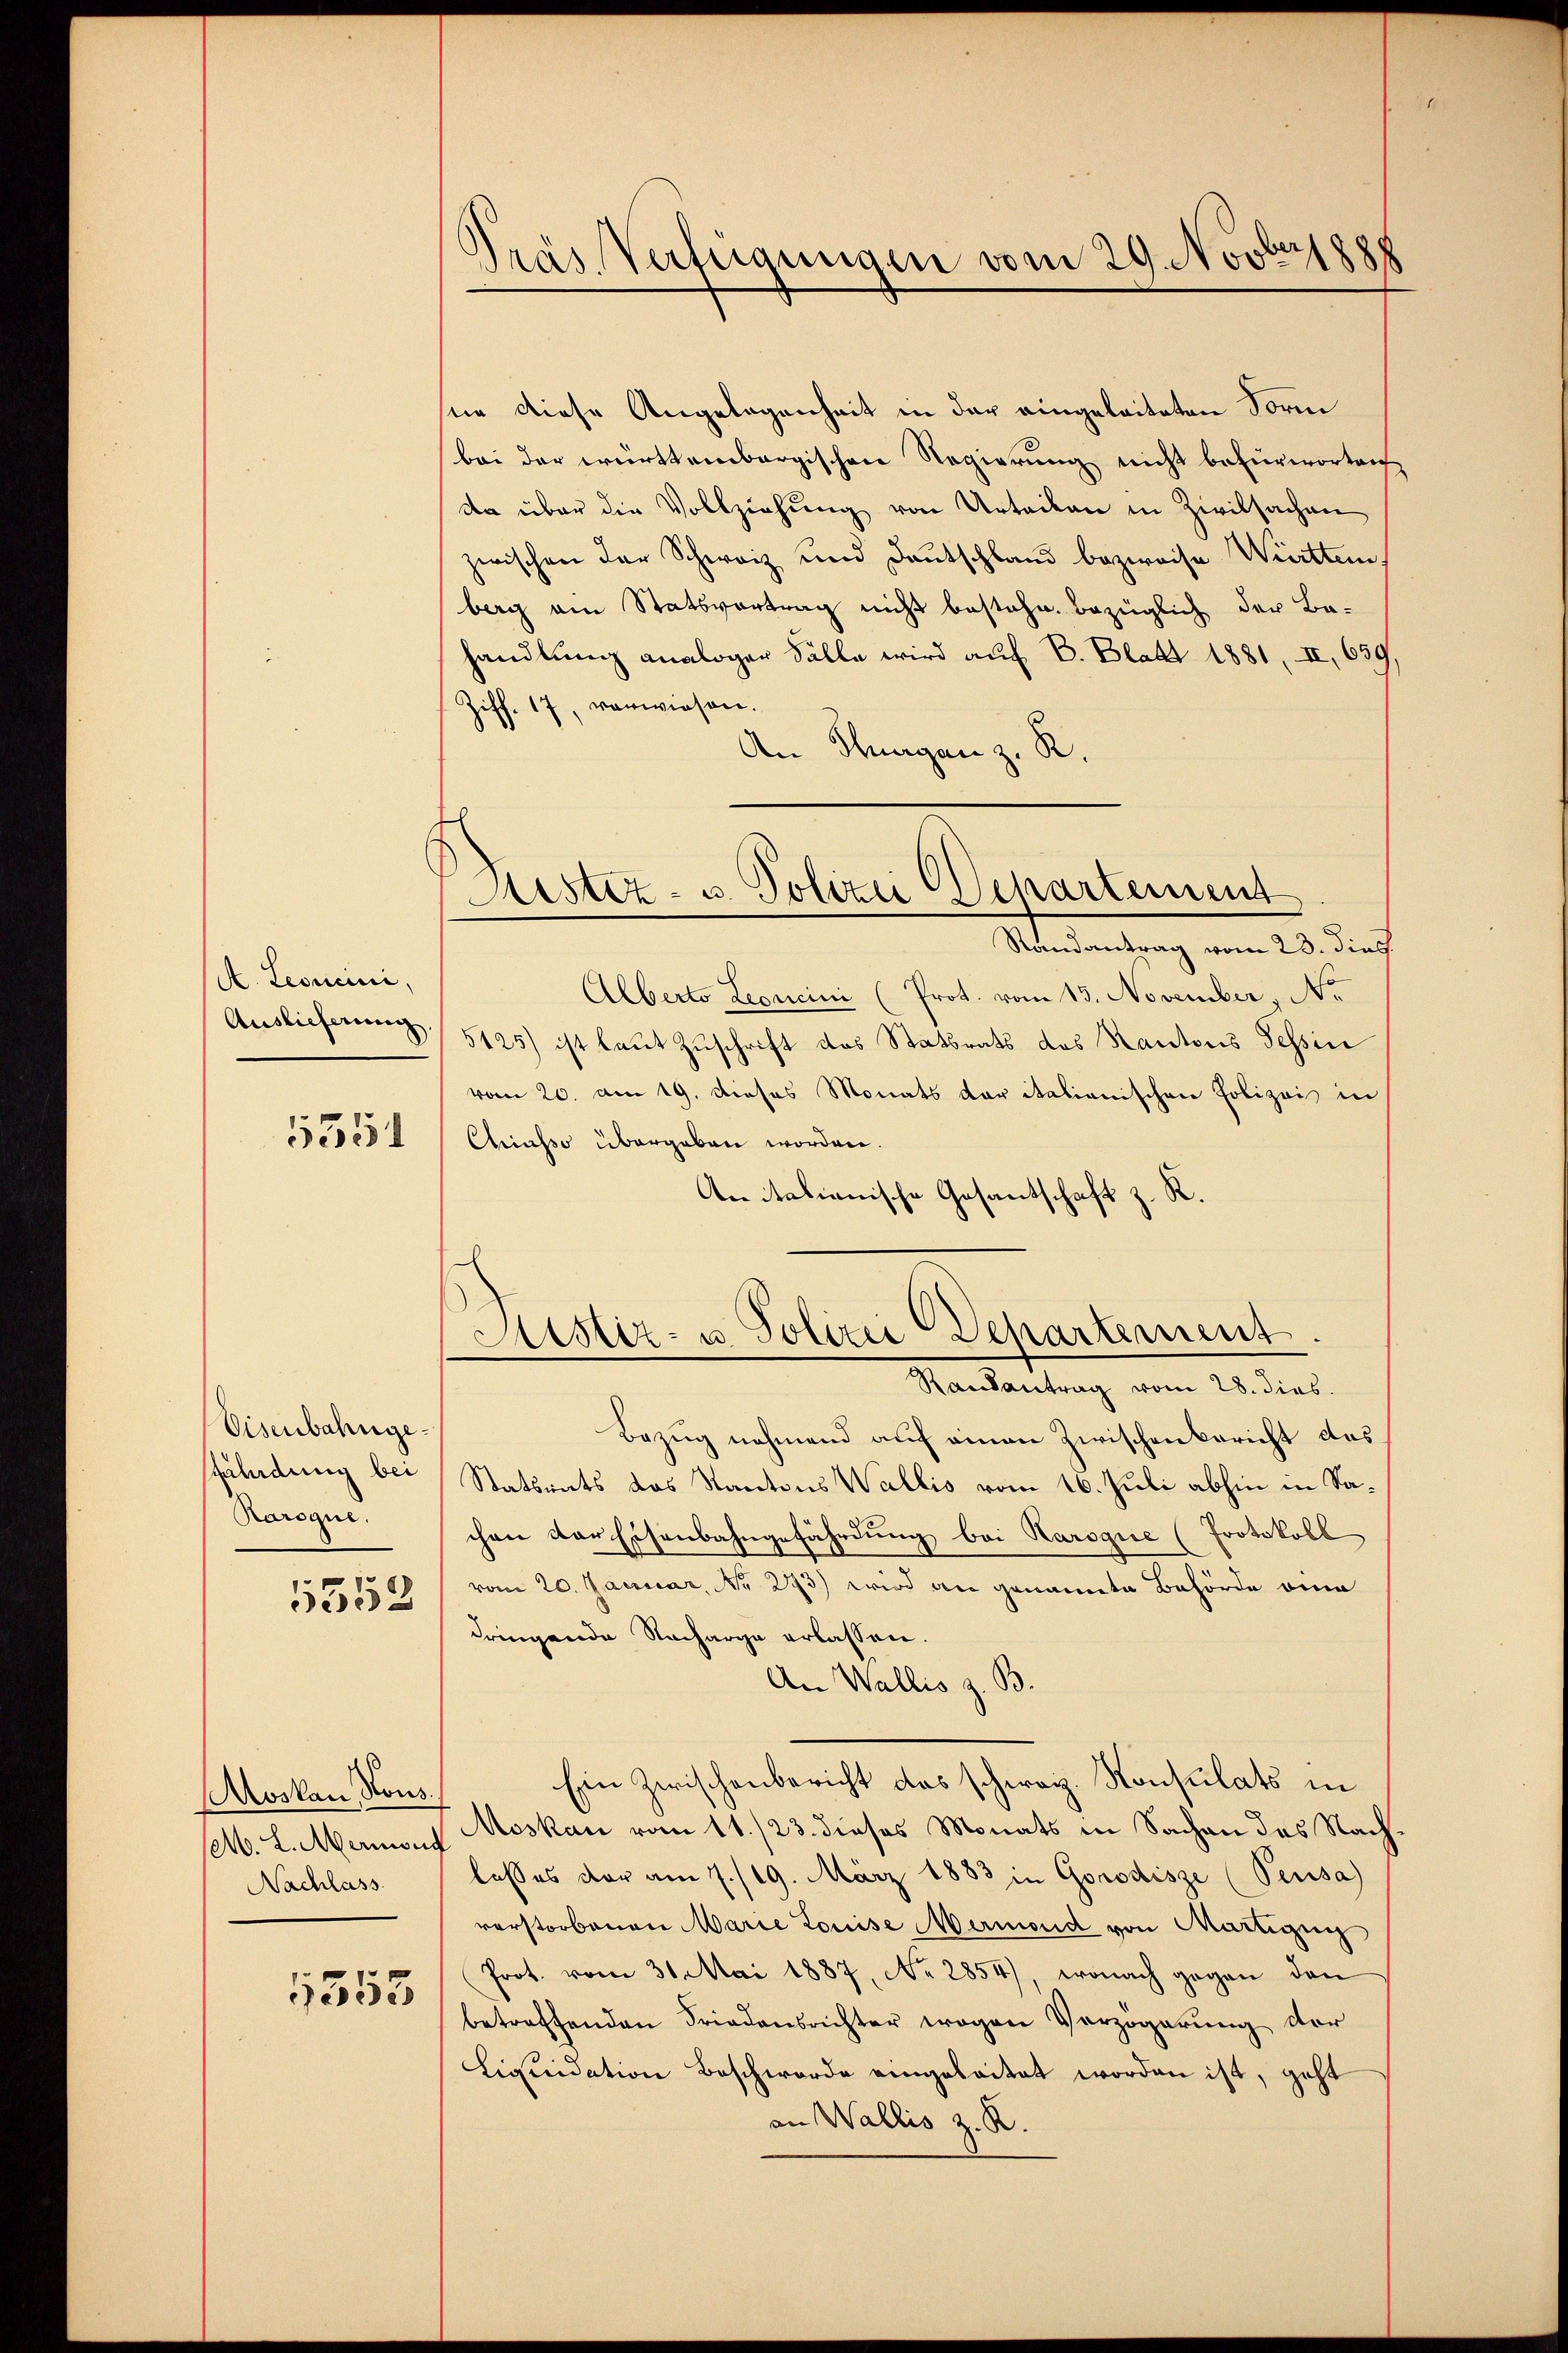
(A. Leoncini,
Auslieferung.

5351

Eisenbahngesfährdung bei
Raroque.

5552

Aoskau, Nous.
Nachlass

1553

Präs. Verfügungen vom 29. Novbripp

sie diese Angelegenheit in der eingeleiteten Form
bei der württembergischen Regierung nicht befürworten
da über die Vollziehung von Urteilen in Zivilsachen
zwischen der Schweiz und Deutschland bezweise Württem,
berg am Statsvertrag nicht bestehe. Bezüglich der Ba-
handlung analoger Fälle wird auf B. Blatt 1881, II, 639
Ziff. 17, vorwiesen.
An Thurgan z. R.

Astiz- u. Polizei Departement

Randantrag vom 23. dies
Alberto Leoncini (Prot. vom 13. November, Nr.
5125) ist laut Zuschrift das Statsrats des Kantons Tessin
vom 20. am 19. dieses Monats der italianischen Polizei in
Chiasso übergeben worden.
Anitalianische Gesantschaft z. R.
Randantrag vom 28. dies
Bezug nehmend auf einen Zwischen Bericht das
Statsrats das Kantons Wallis vom 16. Juli abhin in Sachen der Eisenbahngefährdung bei Karogie (Protokoll
vom 20. Januar, No 293) wird an genannte Behörde eine
dringende Nacharge erlassen.
An Wallis z. B.
Ein Zwischenbericht das schweiz. Konsulats in
. L. Menons Moskau vom 11./23. dieses Monats in Sachen des Nachlasses vor am 7./19. März 1883 in Gorodisze (Peusa)
verstorbenen Marie Louise Marmond von Martigun
Prot. vom 31. Mai 1887, No 2854), wonach gegen den
betreffenden Friedensrichter wegen Verzögerung der
Liquidation Beschwerde eingeleitet worden ist, geht
an Wallis z. R.

Astiz- u. Polizei Departement